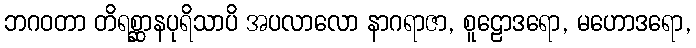
ဘဂဝတာ တိရစ္ဆာနပုရိသာပိ အပလာလော နာဂရာဇာ, စူဠောဒရော, မဟောဒရော,